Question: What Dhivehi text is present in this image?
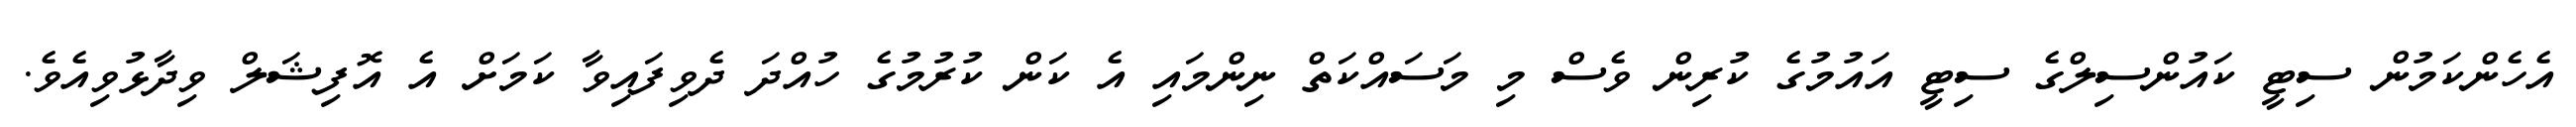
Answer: އެހެންކަމުން ސިޓީ ކައުންސިލްގެ ސިޓީ އައުމުގެ ކުރިން ވެސް މި މަސައްކަތް ނިންމައި އެ ކަން ކުރުމުގެ ހުއްދަ ދެވިފައިވާ ކަމަށް އެ އޮފިޝަލް ވިދާޅުވިއެވެ.